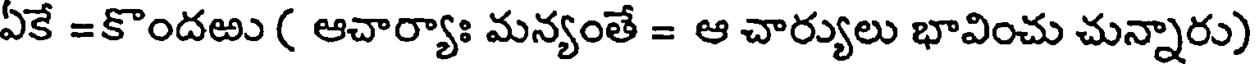
ఏకే =కొందఱు ( ఆచార్యాః మన్యంతే = ఆ చార్యులు భావించు చున్నారు)